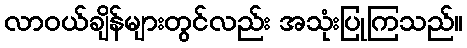
လာဝယ်ချိန်များတွင်လည်း အသုံးပြုကြသည်။